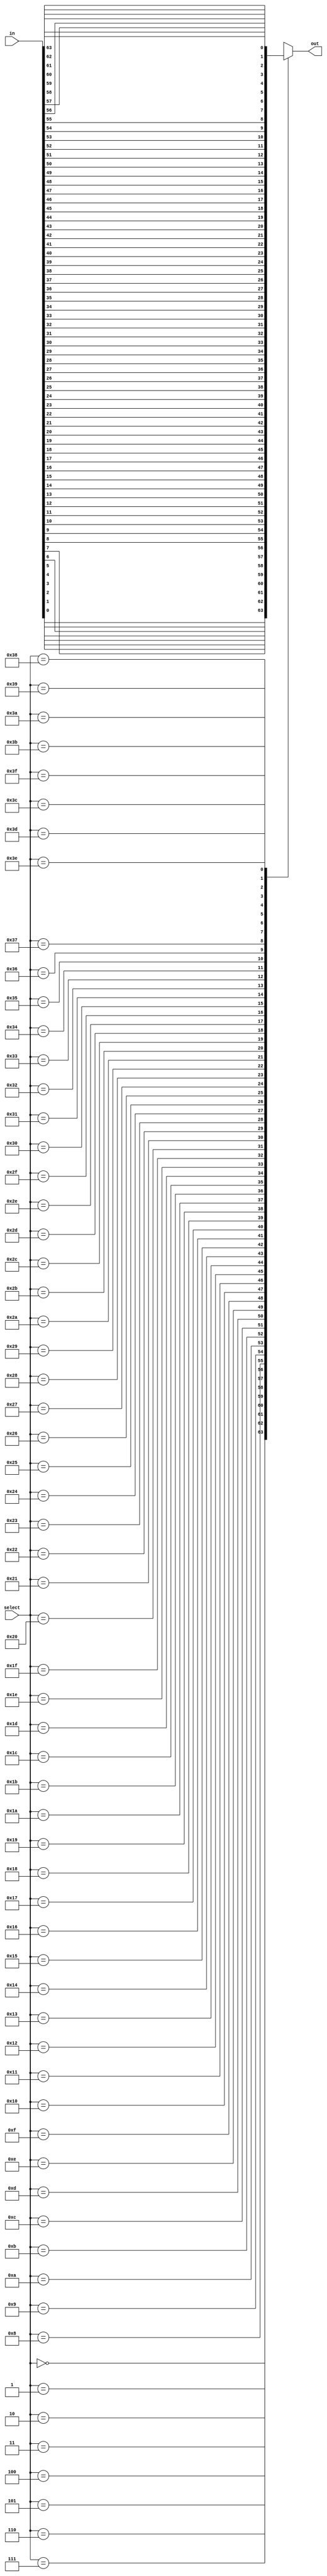
module f5_test(input [63:0] in, input [5:0] select, output reg out);
always @( in or select)
    case (select)
	    0: out = in[0];
	    1: out = in[1];
	    2: out = in[2];
	    3: out = in[3];
	    4: out = in[4];
	    5: out = in[5];
	    6: out = in[6];
	    7: out = in[7];
	    8: out = in[8];
	    9: out = in[9];
	    10: out = in[10];
	    11: out = in[11];
	    12: out = in[12];
	    13: out = in[13];
	    14: out = in[14];
	    15: out = in[15];
	    16: out = in[16];
	    17: out = in[17];
	    18: out = in[18];
	    19: out = in[19];
	    20: out = in[20];
	    21: out = in[21];
	    22: out = in[22];
	    23: out = in[23];
	    24: out = in[24];
	    25: out = in[25];
	    26: out = in[26];
	    27: out = in[27];
	    28: out = in[28];
	    29: out = in[29];
	    30: out = in[30];
	    31: out = in[31];
	    32: out = in[32];
	    33: out = in[33];
	    34: out = in[34];
	    35: out = in[35];
	    36: out = in[36];
	    37: out = in[37];
	    38: out = in[38];
	    39: out = in[39];
	    40: out = in[40];
	    41: out = in[41];
	    42: out = in[42];
	    43: out = in[43];
	    44: out = in[44];
	    45: out = in[45];
	    46: out = in[46];
	    47: out = in[47];
	    48: out = in[48];
	    49: out = in[49];
	    50: out = in[50];
	    51: out = in[51];
	    52: out = in[52];
	    53: out = in[53];
	    54: out = in[54];
	    55: out = in[55];
	    56: out = in[56];
	    57: out = in[57];
	    58: out = in[58];
	    59: out = in[59];
	    60: out = in[60];
	    61: out = in[61];
	    62: out = in[62];
	    63: out = in[63];
	endcase
endmodule